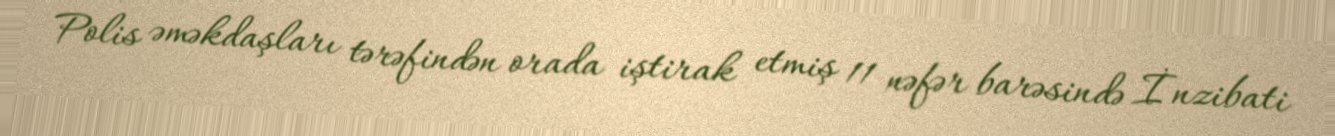
Polis əməkdaşları tərəfindən orada iştirak etmiş 11 nəfər barəsində İnzibati